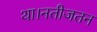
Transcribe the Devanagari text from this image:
था।नतीजतन